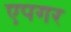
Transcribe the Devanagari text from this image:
एपगर